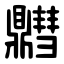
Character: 䵻